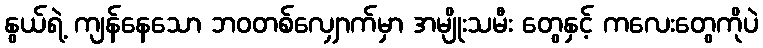
နွယ်ရဲ့ ကျန်နေသော ဘဝတစ်လျှောက်မှာ အမျိုးသမီး တွေနှင့် ကလေးတွေကိုပဲ